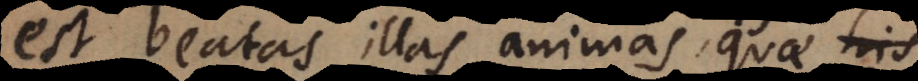
est beatas illas animas, quae